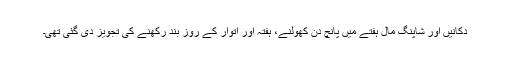
دکانیں اور شاپنگ مال ہفتے میں پانچ دن کھولنے، ہفتہ اور اتوار کے روز بند رکھنے کی تجویز دی گئی تھی۔